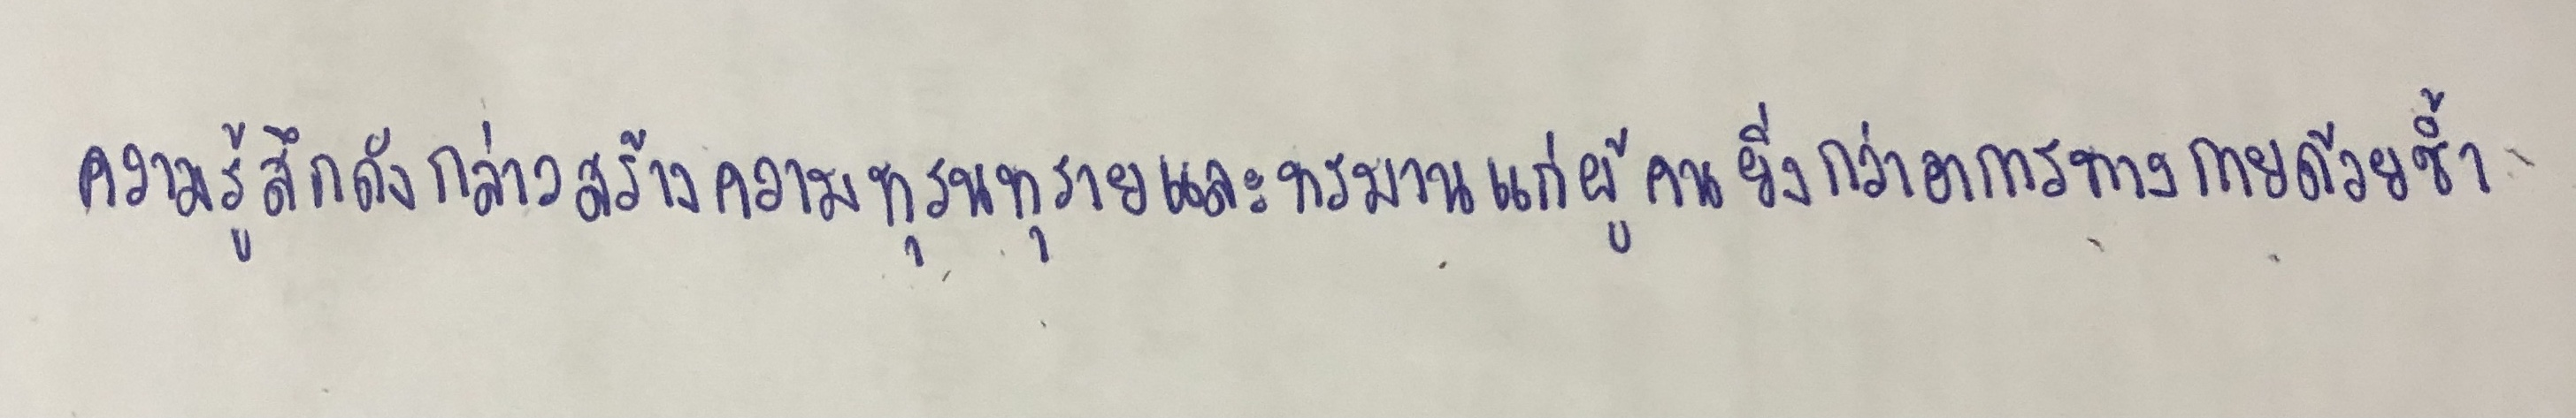
ความรู้สึกดังกล่าวสร้างความทุรนทุรายและทรมานแก่ผู้คนยิ่งกว่าอาการทางกายด้วยซ้ำ